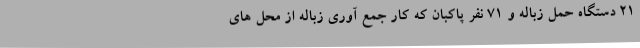
21 دستگاه حمل زباله و 71 نفر پاکبان که کار جمع آوری زباله از محل های